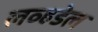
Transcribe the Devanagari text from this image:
लव्हडेल